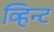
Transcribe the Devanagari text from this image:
व्हिन्ट